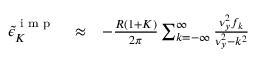
\begin{array} { r l r } { { \tilde { \epsilon } } _ { K } ^ { \textrm { i m p } } } & { { } \approx } & { - \frac { R ( 1 + K ) } { 2 \pi } \sum _ { k = - \infty } ^ { \infty } \frac { \nu _ { y } ^ { 2 } f _ { k } } { \nu _ { y } ^ { 2 } - k ^ { 2 } } } \end{array}